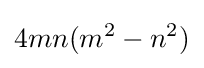
4mn(m^{2}-n^{2})